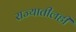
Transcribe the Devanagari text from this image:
राज्यातीलही